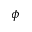
\phi